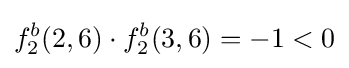
f_{2}^{b}(2,6)\cdot f_{2}^{b}(3,6)=-1<0